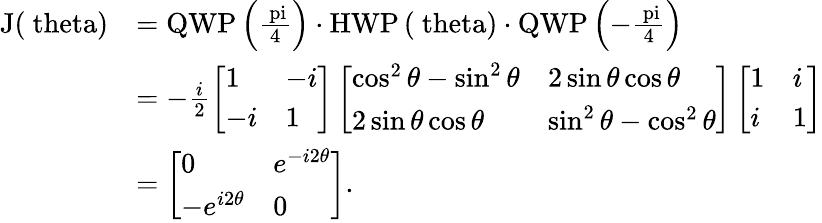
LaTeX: \begin{array}{rl}{\mathrm{J(\ theta)}}&{=\mathrm{QWP\left(\frac{\ pi}{4}\right)}\cdot\mathrm{HWP\left(\ theta\right)}\cdot\mathrm{QWP\left(-\frac{\ pi}{4}\right)}}\\ &{=-\frac{i}{2}\left[\begin{array}{ll}{1}&{-i}\\ {-i}&{1}\end{array}\right]\left[\begin{array}{ll}{\cos^{2}\theta-\sin^{2}\theta}&{2\sin\theta\cos\theta}\\ {2\sin\theta\cos\theta}&{\sin^{2}\theta-\cos^{2}\theta}\end{array}\right]\left[\begin{array}{ll}{1}&{i}\\ {i}&{1}\end{array}\right]}\\ &{=\left[\begin{array}{ll}{0}&{e^{-i2\theta}}\\ {-e^{i2\theta}}&{0}\end{array}\right].}\end{array}